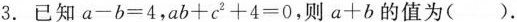
3.已知$$a-b=4$$,$$ab+c ^{2}+4=0$$,则$$a+b$$的值为( ).